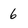
Character: 6